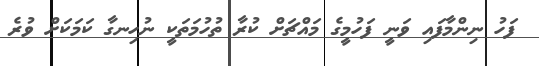
ފަހު ނިންމާފައި ވަނީ ފަހުމީގެ މައްޗަށް ކުރާ ތުހުމަތަކީ ނުހިނގާ ކަމަކަށް ވުރެ